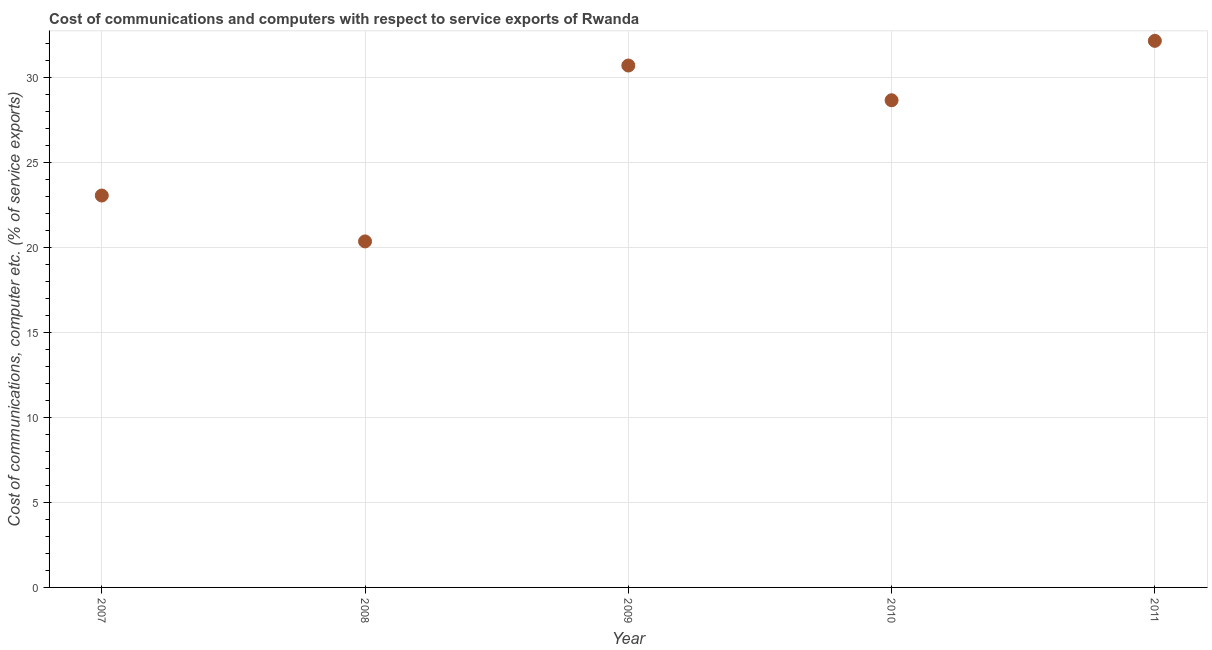
| Year | Communications |
 | --- | --- |
 | 2007 | 23.1 |
 | 2008 | 20.4 |
 | 2009 | 30.7 |
 | 2010 | 28.7 |
 | 2011 | 32.2 |